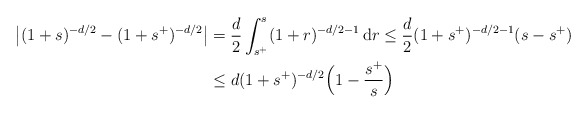
\begin{align*} \left| (1+s)^{-d/2} - (1+s^+)^{-d/2}\right| & = \frac{d}{2}\int_{s^+}^{s} (1+r)^{-d/2-1}\, \mathrm{d}r \le \frac{d}{2} (1+s^+)^{-d/2-1} (s-s^+) \\ & \le d (1+s^+)^{-d/2} \Big( 1-\frac{s^+}{s} \Big) \end{align*}